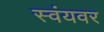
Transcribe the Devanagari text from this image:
स्वंयवर